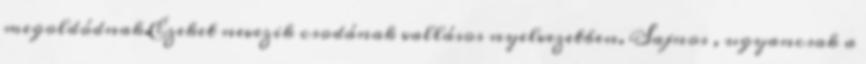
megoldódnak.Ezeket nevezik csodának vallásos nyelvezetben. Sajnos , ugyancsak a